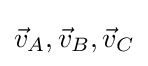
{\vec {v}}_{A},{\vec {v}}_{B},{\vec {v}}_{C}